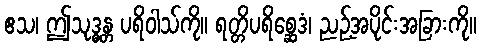
ဧသ၊ ဤသုဒ္ဓန္တ ပရိဝါသ်ကို။ ရတ္တိပရိစ္ဆေဒံ၊ ညဉ့်အပိုင်းအခြားကို။